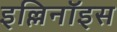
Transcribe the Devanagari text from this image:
इल्लिनॉइस